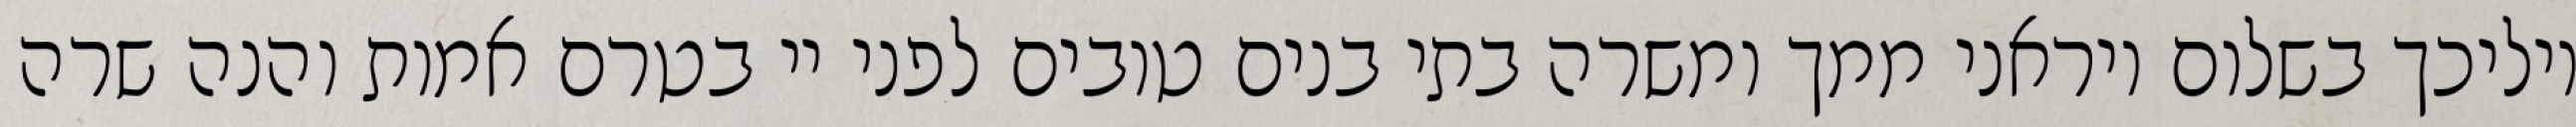
יוליכך בשלום ויראני ממך ומשרה בתי בנים טובים לפני יי בטרם אמות והנה שרה